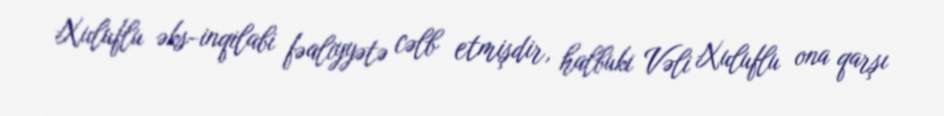
Xuluflu əks-inqilabi fəaliyyətə cəlb etmişdir, halbuki Vəli Xuluflu ona qarşı